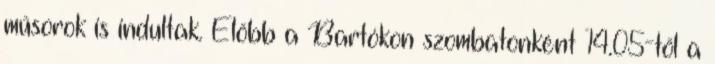
műsorok is indultak. Előbb a Bartókon szombatonként 14.05-től a